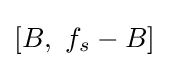
[B,\ f_{s}-B]